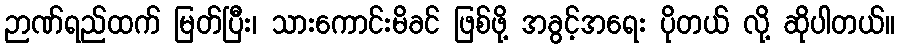
ဉာဏ်ရည်ထက် မြတ်ပြီး၊ သားကောင်းမိခင် ဖြစ်ဖို့ အခွင့်အရေး ပိုတယ် လို့ ဆိုပါတယ်။